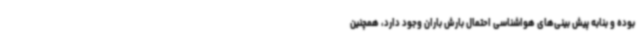
بوده و بنابه پیش بینی‌های هواشناسی احتمال بارش باران وجود دارد، همچنین